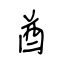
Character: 酋